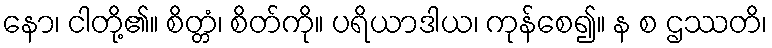
နော၊ ငါတို့၏။ စိတ္တံ၊ စိတ်ကို။ ပရိယာဒါယ၊ ကုန်စေ၍။ န စ ဌဿတိ၊